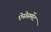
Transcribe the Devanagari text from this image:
ऐसेसमेंट